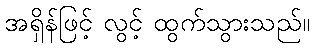
အရှိန်ဖြင့် လွင့် ထွက်သွားသည်။